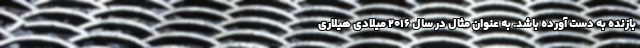
بازنده به دست آورده باشد. به عنوان مثال در سال ۲۰۱۶ میلادی هیلاری